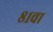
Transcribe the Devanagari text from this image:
८१चा